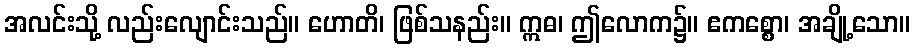
အလင်းသို့ လည်းလျောင်းသည်။ ဟောတိ၊ ဖြစ်သနည်း။ ဣဓ၊ ဤလောက၌။ ဧကစ္စော၊ အချို့သော။